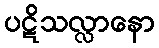
ပဋိသလ္လာနော